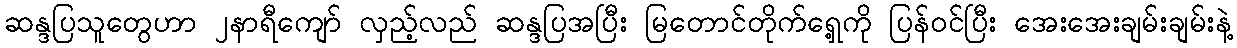
ဆန္ဒပြသူတွေဟာ ၂နာရီကျော် လှည့်လည် ဆန္ဒပြအပြီး မြတောင်တိုက်ရှေ့ကို ပြန်ဝင်ပြီး အေးအေးချမ်းချမ်းနဲ့